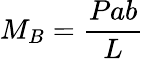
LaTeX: M_{B}={\frac{Pab}{L}}